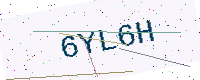
Text: 6YL6H